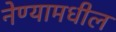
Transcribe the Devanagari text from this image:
नेण्यामधील